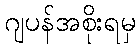
ဂျပန်အစိုးရမှ